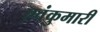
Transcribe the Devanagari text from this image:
एवंकुमारी